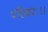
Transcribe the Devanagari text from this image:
परिकरः।।